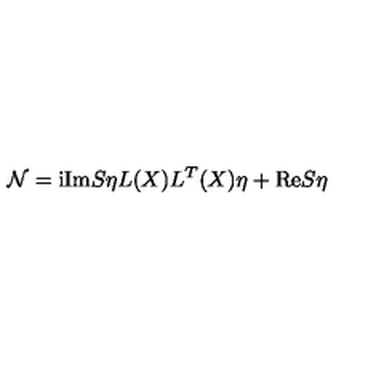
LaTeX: { \cal N } = \mathrm { i } \mathrm { I m } S \eta L ( X ) L ^ { T } ( X ) \eta + \mathrm { R e } S \eta